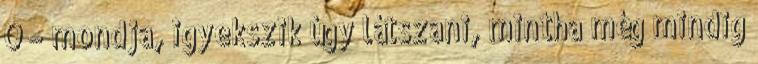
Ó – mondja, igyekszik úgy látszani, mintha még mindig